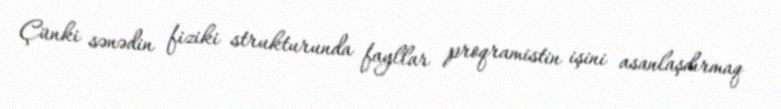
Çünki sənədin fiziki strukturunda fayllar proqramistin işini asanlaşdırmaq